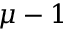
\mu - 1